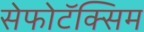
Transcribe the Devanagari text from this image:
सेफोटॅक्सिम